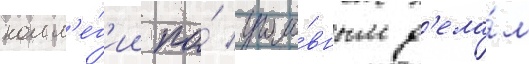
колл'е́г'ии по́ уголо́вным д'ела́м